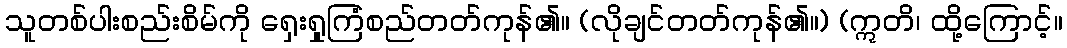
သူတစ်ပါးစည်းစိမ်ကို ရှေးရှုကြံစည်တတ်ကုန်၏။ (လိုချင်တတ်ကုန်၏။) (ဣတိ၊ ထို့ကြောင့်။